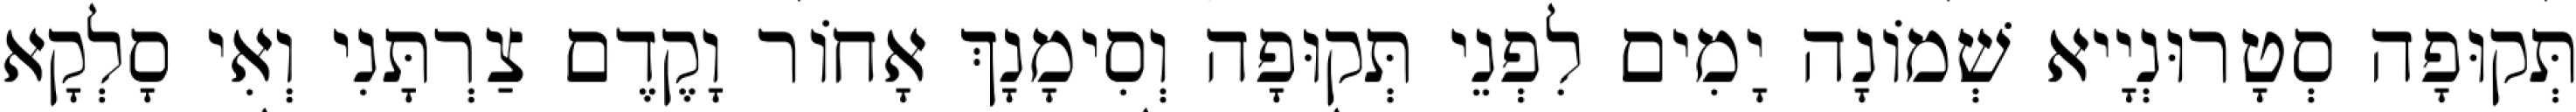
תְּקוּפָה סְטָרוּנְיָיא שְׁמוֹנָה יָמִים לִפְנֵי תְּקוּפָה וְסִימָנָךְ אָחוֹר וָקֶדֶם צַרְתָּנִי וְאִי סָלְקָא